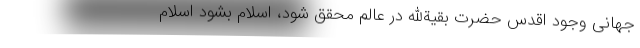
جهانی وجود اقدس حضرت بقیةالله در عالم محقق شود، اسلام بشود اسلام